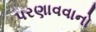
પરણાવવાનો